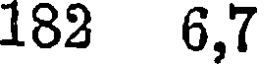
182 6,7